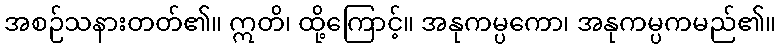
အစဉ်သနားတတ်၏။ ဣတိ၊ ထို့ကြောင့်။ အနုကမ္ပကော၊ အနုကမ္ပကမည်၏။